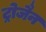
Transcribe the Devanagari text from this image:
ट्रोजैन